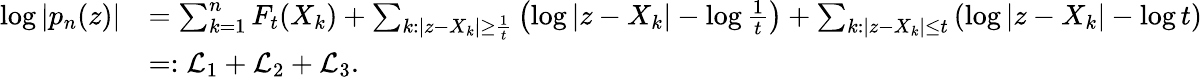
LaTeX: \begin{array}{rl}{\log|p_{n}(z)|}&{=\sum_{k=1}^{n}F_{t}(X_{k})+\sum_{k:|z-X_{k}|\geq\frac{1}{t}}\left(\log|z-X_{k}|-\log\frac{1}{t}\right)+\sum_{k:|z-X_{k}|\leq t}\left(\log|z-X_{k}|-\log t\right)}\\ &{=:\mathcal{L}_{1}+\mathcal{L}_{2}+\mathcal{L}_{3}.}\end{array}